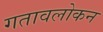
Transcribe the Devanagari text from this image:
गतावलोकन